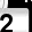
Digit: 2